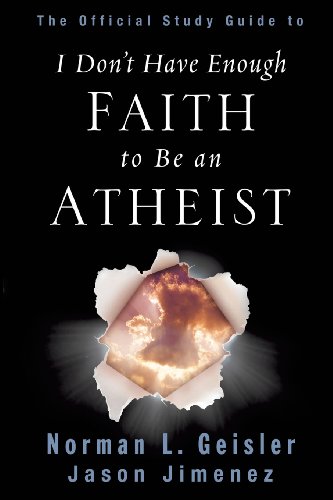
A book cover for The Official Study Guide to I Don't Have Enough Faith to Be an Atheist; Norman L. Geisler; Christian Books & Bibles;